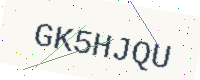
Text: GK5HJQU